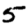
Digit: 5